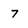
Character: 7